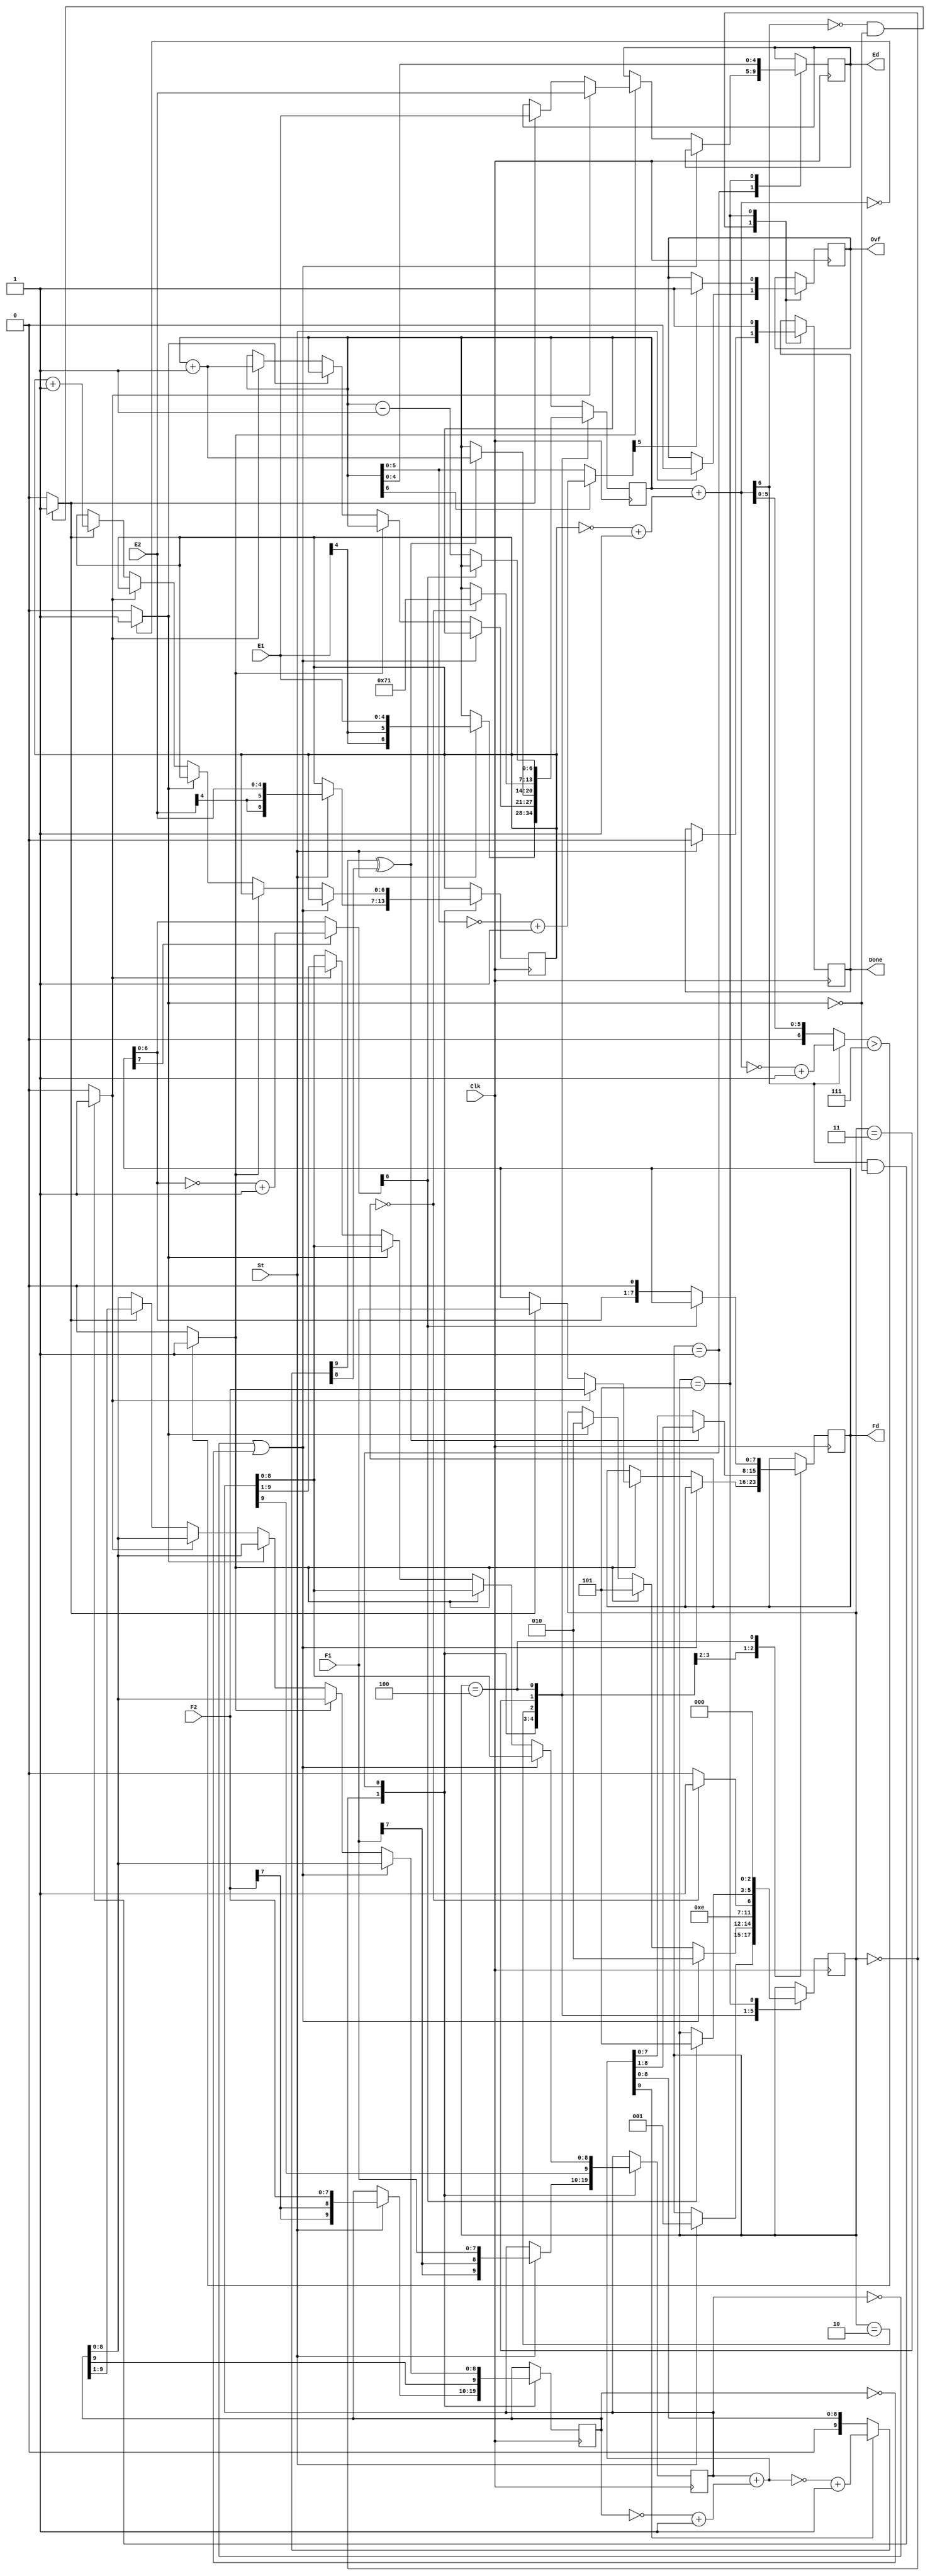
`timescale 1ns / 1ps
//////////////////////////////////////////////////////////////////////////////////
// Company: 
// Engineer: 
// 
// Design Name: 
// Module Name: HW3_FP_subtractor
// Project Name: 
// Target Devices: 
// Tool Versions: 
// Description: 
// 
// Dependencies: 
// 
// Revision:
// Revision 0.01 - File Created
// Additional Comments:
// 
//////////////////////////////////////////////////////////////////////////////////


module HW3_FP_subtractor(Clk, St, F1, E1, F2, E2, Fd, Ed, Done, Ovf);
input Clk, St;
input [7:0] F1;
input [4:0] E1;
input [7:0] F2;
input [4:0] E2;
output reg [7:0] Fd;
output reg [4:0] Ed;
output reg Done, Ovf;

reg [2:0] State;

reg [9:0] Fm;
reg [6:0] Em;
reg [9:0] Fs;
reg [6:0] Es;

// wire for exponent
wire [6:0] E_diff;
wire [6:0] E_diff_abs;
wire DTM, GT, LT, E_eq;
wire [6:0] Em_abs;
wire EV;
// wire for fraction
wire FV, FU;
wire [9:0] Fs_comp;
wire [9:0] Addout;
wire [9:0] Fsum; // mag of addout
wire [7:0] Fd_abs;

initial begin
    State = 0;
    Fm = 0;
    Em = 0;
    Fs = 0;
    Es = 0;
    Fd = 0;
    Ed = 0;
    Done = 0;
    Ovf = 0;
end

// Exponent comparator
assign E_diff = Em + (~Es+1);
assign E_diff_abs = (E_diff[6] == 1'b0) ? E_diff : ~E_diff + 1;
assign DTM = (E_diff_abs > 7) ? 1'b1 : 1'b0;
assign E_eq = (E_diff == 0) ? 1'b1 : 1'b0;
assign GT = (E_diff[6] == 1'b0 && ~E_eq) ? 1'b1 : 1'b0;
assign LT = (E_diff[6] == 1'b1 && ~E_eq) ? 1'b1 : 1'b0;

// Fraction substractor
assign Fs_comp = ~Fs + 1;
assign Addout = Fm + Fs_comp;
assign Fsum = (Addout[9] == 1'b0) ? Addout : ~Addout + 1;
assign FV = Fsum[9] ^ Fsum[8]; // fraction overflow
assign Fd_abs = (Fd[7] == 1'b0) ? Fd : ~Fd + 1;
assign FU = ~Fd_abs[6]; // fraction underflow

// Exponent overflow detector
assign Em_abs = (Em[6] == 1'b0) ? Em : ~Em + 1;
assign EV = Em_abs[5]; 

always @(posedge Clk) begin
    case(State)
        0: // load minuend and subtrahend
            begin
                if(St == 1'b1)
                begin
                    Fm <= {F1[7], F1[7], F1};
                    Fs <= {F2[7], F2[7], F2};
                    Em <= {E1[4], E1[4], E1};
                    Es <= {E2[4], E2[4], E2};
                    Done <= 1'b0;
                    Ovf <= 1'b0;
                    State <= 1;
                end
            end
        1: // Compare exponents & adjust fraction if necessary
            begin
                if(Fm == 0 | Fs == 0)
                    State <= 2;
                else begin
                    if(DTM == 1'b1) begin
                        if(LT == 1'b1) begin
                            Fd <= F2;
                            Ed <= E2;
                        end
                        else if(GT == 1'b1) begin
                            Fd <= F1;
                            Ed <= E1;
                        end
                        State <= 5;
                    end
                    else if(E_eq) begin
                        State <= 2;
                    end
                    else if(LT == 1'b1) begin
                        Fm <= {Fm[9], Fm[9:1]}; // shift Fm right
                        Em <= Em + 1; // inc Em
                    end
                    else if(GT == 1'b1) begin
                        Fs <= {Fs[9], Fs[9:1]}; // shift Fs right
                        Es <= Es + 1; // inc Es
                    end
                end
            end
        2: // check fraction overflow
            begin
                if(FV == 1'b0)
                    Fd <= Addout[7:0];
                else begin // fraction overflow
                    Fd <= Addout[8:1];
                    Em <= Em + 1;
                end
                State <= 3;
            end
        3: // check result for 0  
            begin
                if(Fd == 0) begin
                    Em <= 7'b1110001;
                    State <= 5;
                end
                else State <= 4;
            end
        4: // fraction unnormalized
            begin
                if(FU == 1'b0) State <= 5;
                else begin
                    Fd <= {Fd[6:0], 1'b0}; //shift left
                    Em <= Em - 1; // dec
                end
            end
        5: // check exponent overflow
            begin
                Ed <= Em[4:0];
                if(EV == 1'b1)
                    Ovf <= 1'b1;
                Done <= 1'b1;
                State <= 0;
            end
    endcase
                        
end

endmodule